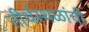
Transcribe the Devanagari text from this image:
तीर्थस्थळांची